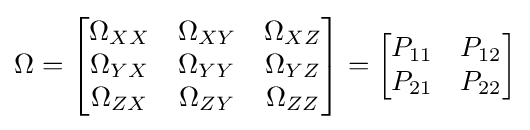
\Omega ={\begin{bmatrix}\Omega _{XX}&\Omega _{XY}&\Omega _{XZ}\\\Omega _{YX}&\Omega _{YY}&\Omega _{YZ}\\\Omega _{ZX}&\Omega _{ZY}&\Omega _{ZZ}\end{bmatrix}}={\begin{bmatrix}P_{11}&P_{12}\\P_{21}&P_{22}\\\end{bmatrix}}